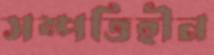
সম্পত্তিহীন